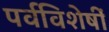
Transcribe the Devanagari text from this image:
पर्वविशेषीं